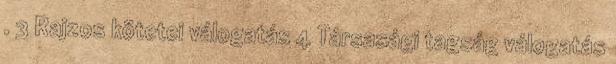
. 3 Rajzos kötetei válogatás 4 Társasági tagság válogatás